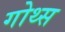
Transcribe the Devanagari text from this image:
गोथ्स